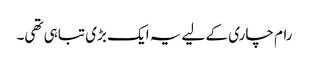
رام چاری کے لیے یہ ایک بڑی تباہی تھی۔